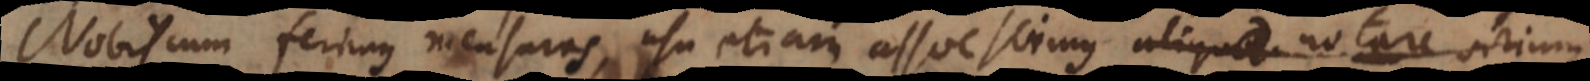
Nobiscum ferimus mensuras, usu etiam assuescimus aliquod aliqua notare virium